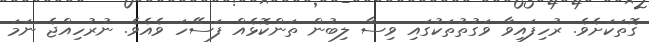
ގޮތަކަށެވެ. ރުހިފައިވާ ވަގުތުތަކުގައި ވިސާ ލިބުން ތަންކޮޅެއް ފަސޭހަ ވެއެވެ. ނުރުހިއްޖެ ނަމަ